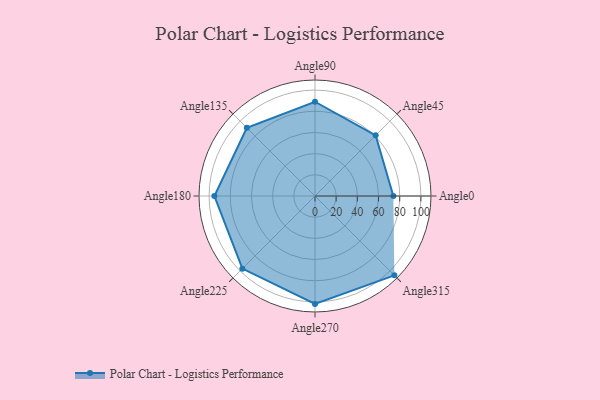
{"axis": {"x": "Angle", "y": "Radius"}, "legend": [""], "data": [{"x": "Angle0", "y": 74.0, "type": ""}, {"x": "Angle45", "y": 81.0, "type": ""}, {"x": "Angle90", "y": 89.0, "type": ""}, {"x": "Angle135", "y": 91.0, "type": ""}, {"x": "Angle180", "y": 95.0, "type": ""}, {"x": "Angle225", "y": 97.0, "type": ""}, {"x": "Angle270", "y": 102.0, "type": ""}, {"x": "Angle315", "y": 106.0, "type": ""}]}